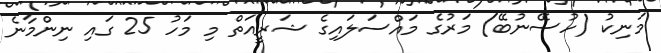
މަނިކު (ހުސޭނުބޭ) މަރުގެ މައްސަލައިގެ ޝަރީއަތް މި މަހު 25 ގައި ނިންމާނެ